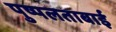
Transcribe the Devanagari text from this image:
पुष्पलताबाई